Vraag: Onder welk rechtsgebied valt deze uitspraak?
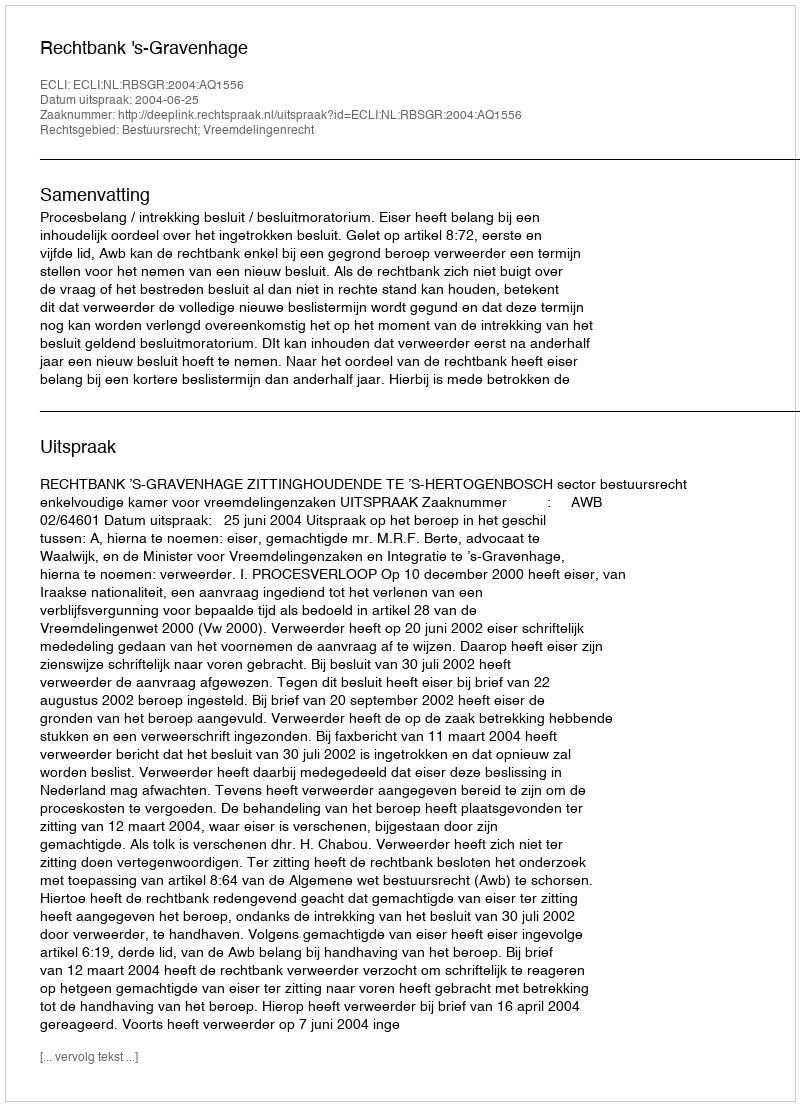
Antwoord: Bestuursrecht; Vreemdelingenrecht